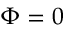
\Phi = 0